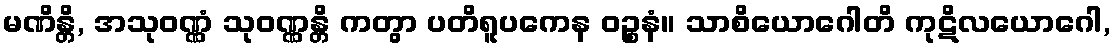
မဏိန္တိ, အသုဝဏ္ဏံ သုဝဏ္ဏန္တိ ကတွာ ပတိရူပကေန ဝဉ္စနံ။ သာစိယောဂေါတိ ကုဋိလယောဂေါ,